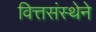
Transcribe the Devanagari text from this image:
वित्तसंस्थेने